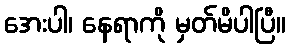
အေးပါ၊ နေရာကို မှတ်မိပါပြီ။